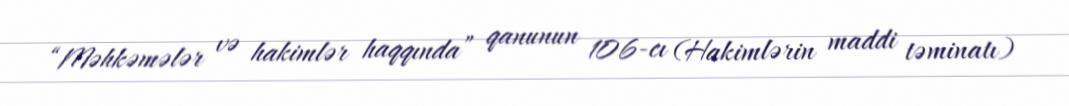
“Məhkəmələr və hakimlər haqqında” qanunun 106-cı (Hakimlərin maddi təminatı)